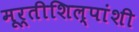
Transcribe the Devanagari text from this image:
मूर्तीशिल्पांशी